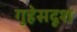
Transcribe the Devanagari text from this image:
गुहेसदृश